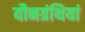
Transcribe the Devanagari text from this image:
यौनग्रंथियां